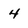
Character: 4